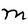
Character: M